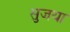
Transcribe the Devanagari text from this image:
सुजया